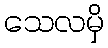
သေလမှိ